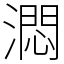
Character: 㵍